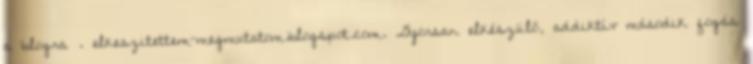
a blogra . elkeszitettem-megmutatom.blogspot.com. Gyorsan elkészülő, addiktív második fogás